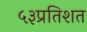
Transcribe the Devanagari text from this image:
५३प्रतिशत